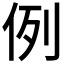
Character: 例